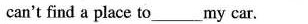
can't find a place to ___ my car.